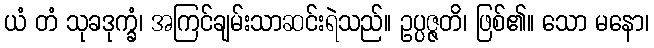
ယံ တံ သုခဒုက္ခံ၊ အကြင်ချမ်းသာဆင်းရဲသည်။ ဥပ္ပဇ္ဇတိ၊ ဖြစ်၏။ သော မနော၊